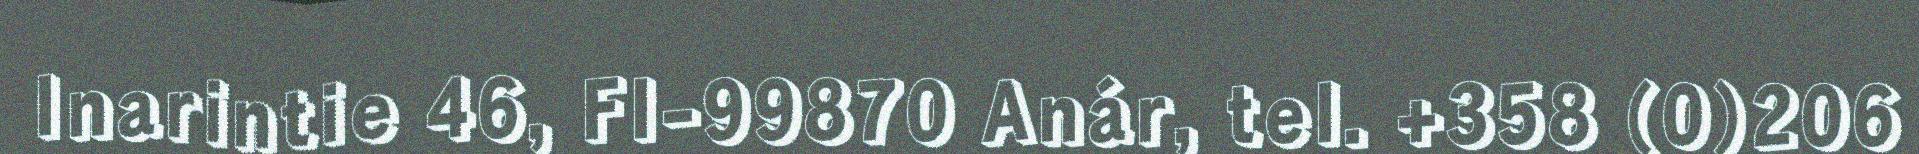
Inarintie 46, FI-99870 Anár, tel. +358 (0)206